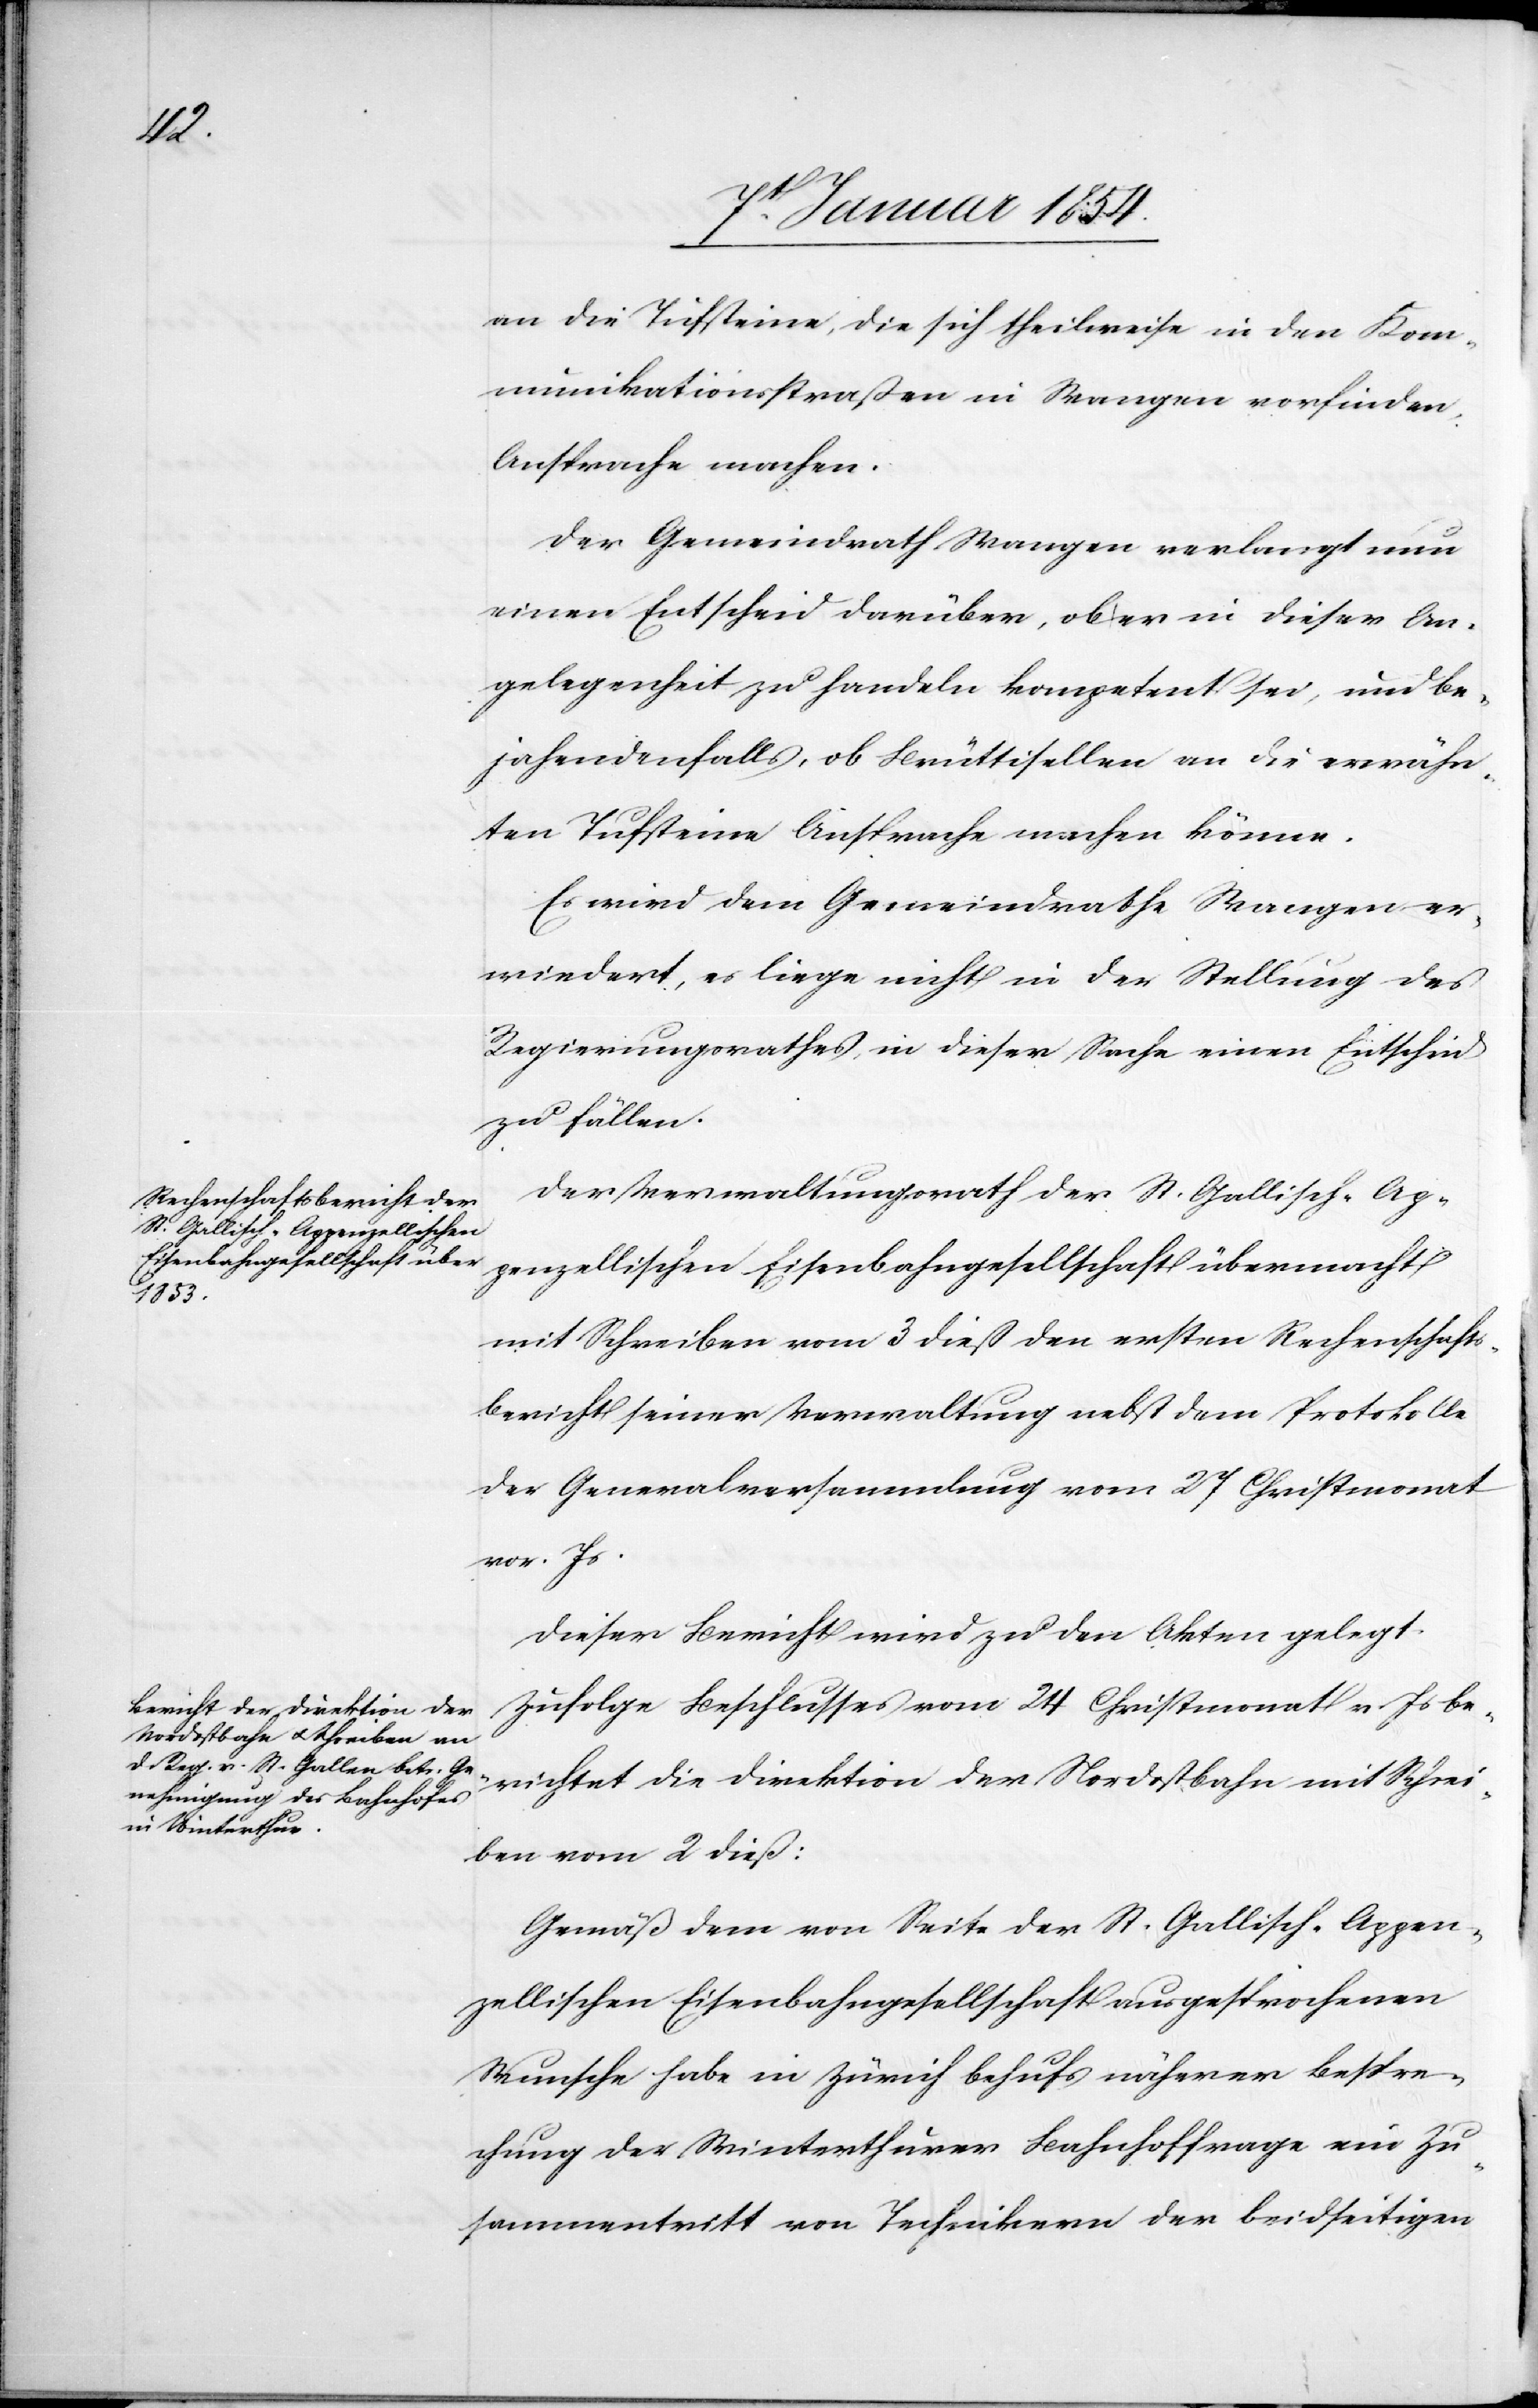
an die Tufsteine, die sich theilweise in den Kom¬
munikationsstraßen in Wangen vorfinden,
Ansprache machen.
Der Gemeindrath Wangen verlangt nun
einen Entscheid darüber, ob er in dieser An¬
gelegenheit zu handeln kompetent sei, und be¬
jahendenfalls, ob Brüttisellen an die erwähn¬
ten Tufsteine Ansprache machen könne.
Es wird dem Gemeindrathe Wangen er¬
wiedert, es liege nicht in der Stellung des
Regierungsrathes, in dieser Sache einen Entscheid
zu fällen.
Der Verwaltungsrath der St. Gallisch-Ap¬
penzellischen Eisenbahngesellschaft übermacht
mit Schreiben vom 3 dieß den ersten Rechenschafts¬
bericht seiner Verwaltung nebst dem Protokolle
der Generalversammlung vom 27 Christmonat
vor. Js.
Dieser Bericht wird zu den Akten gelegt.
Zufolge Beschlusses vom 24 Christmonat v. Js be¬
richtet die Direktion der Nordostbahn mit Schrei¬
ben vom 2 dieß:
Gemäß dem von Seite der St. Gallisch-Appen¬
zellischen Eisenbahngesellschaft ausgesprochenen
Wunsche habe in Zürich behufs näherer Bespre¬
chung der Winterthurer Bahnhoffrage ein Zu¬
sammentritt von Technikern der beidseitigen